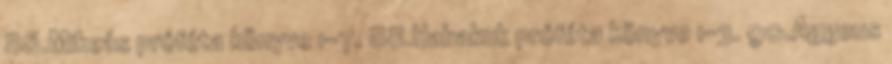
86.Mikeás próféta könyve 1-7. 88.Habakuk próféta könyve 1-3. 90.Aggeus